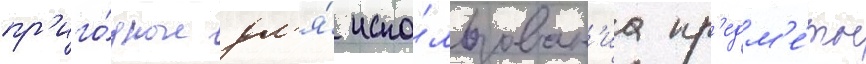
пр'иго́дные дл'я́ испо́льзован'иа пр'едм'е́ты